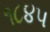
૧૮૪૫